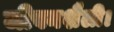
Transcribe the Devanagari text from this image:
जीवनशैली।